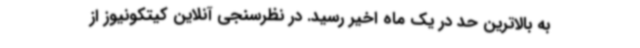
به بالاترین حد در یک ماه اخیر رسید. در نظرسنجی آنلاین کیتکونیوز از